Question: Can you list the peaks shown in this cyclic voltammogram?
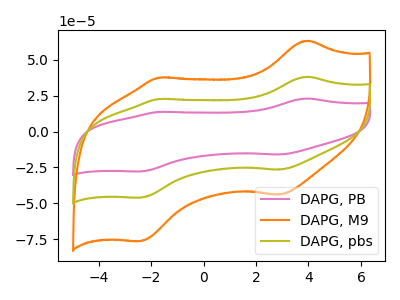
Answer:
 <answer>The pink curve "DAPG, PB" has anodic peaks at (3.95V, 76.40uA) (-1.70V, 45.40uA) and cathodic peaks at (2.90V, -53.00uA) (-2.40V, -92.10uA). The orange curve "DAPG, M9" has anodic peaks at (3.95V, 63.35uA) (-1.70V, 37.65uA) and cathodic peaks at (2.90V, -43.95uA) (-2.40V, -76.35uA). The olive curve "DAPG, pbs" has anodic peaks at (3.95V, 38.20uA) (-1.70V, 22.70uA) and cathodic peaks at (2.90V, -26.50uA) (-2.40V, -46.05uA).</answer>
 <eval></eval>